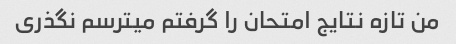
من تازه نتایج امتحان را گرفتم میترسم نگذری